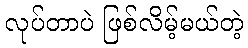
လုပ်တာပဲ ဖြစ်လိမ့်မယ်တဲ့